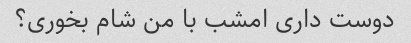
دوست داری امشب با من شام بخوری؟